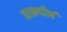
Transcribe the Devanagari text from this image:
ताकदीनं